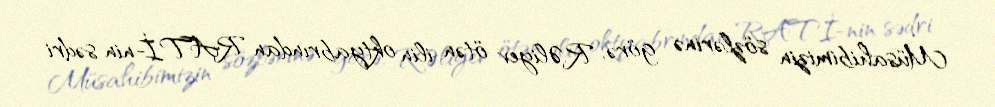
Müsahibimizin sözlərinə görə, R.Əliyev ötən ilin oktyabrından RATİ-nin sədri